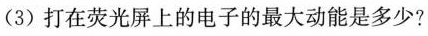
(3)打在荧光屏上的电子的最大动能是多少?